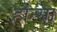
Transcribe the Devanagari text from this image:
हांन्सा